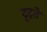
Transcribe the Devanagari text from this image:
टूट्ते